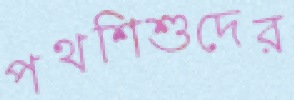
পথশিশুদের